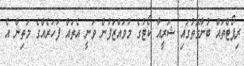
ރިޕޯޓްތައް ބުނާގޮތުގައި ޝަރީއާ ކޯޓުގެ މުވައްޒަފުން ވަނީ އެތައް ފަހަރެއްގެ މަތިން އެ